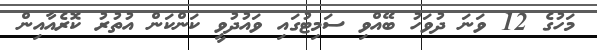
މަހުގެ 12 ވަނަ ދުވަހު ބޭއްވި ސަމިޓުގައި ވައުދުވީ ކަންކަން އުތުރު ކޮރެއާއިން